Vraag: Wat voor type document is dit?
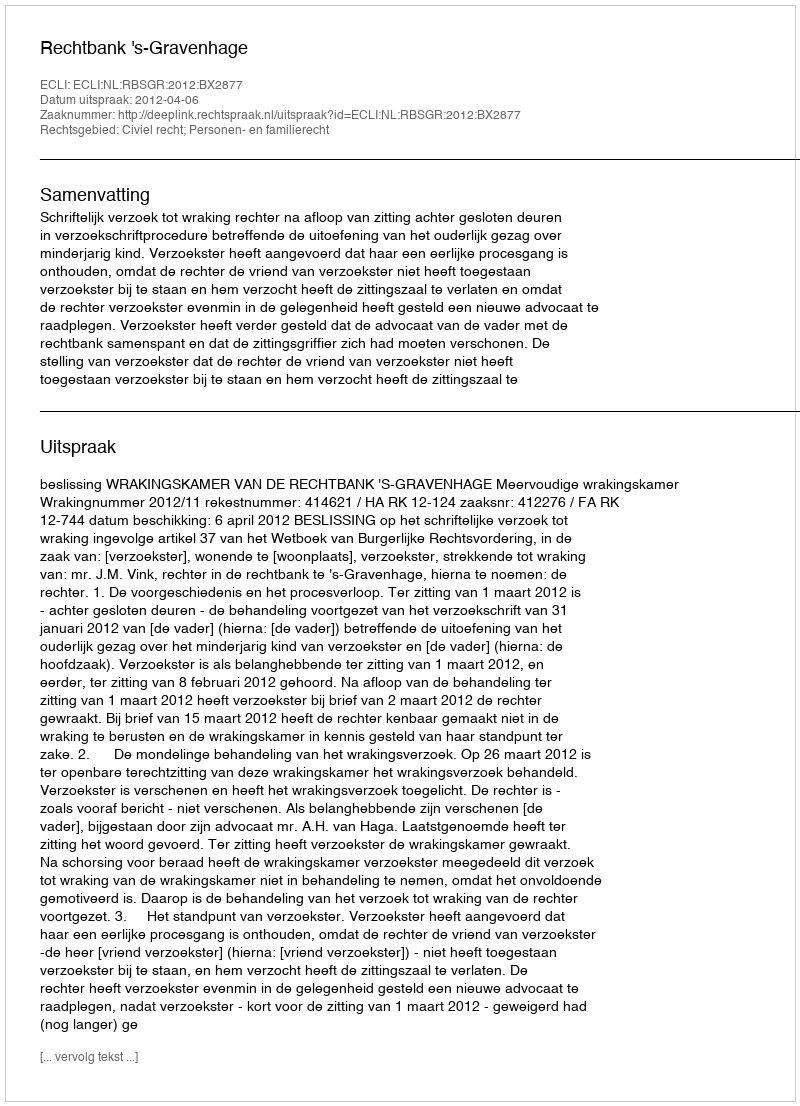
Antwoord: Uitspraak